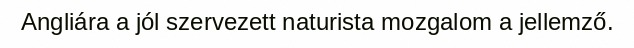
Angliára a jól szervezett naturista mozgalom a jellemző.